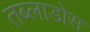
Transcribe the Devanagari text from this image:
तब्लाडोस